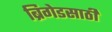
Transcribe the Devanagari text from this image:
ब्रिगेडसाठी